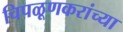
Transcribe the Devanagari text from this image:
चिपळूणकरांच्या